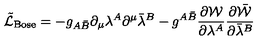
\tilde { { \cal L } } _ { \mathrm { B o s e } } = - g _ { A \bar { B } } \partial _ { \mu } \lambda ^ { A } \partial ^ { \mu } \bar { \lambda } ^ { B } - g ^ { A \bar { B } } \frac { \partial { \cal W } } { \partial \lambda ^ { A } } \frac { \partial \bar { { \cal W } } } { \partial \bar { \lambda } ^ { B } }